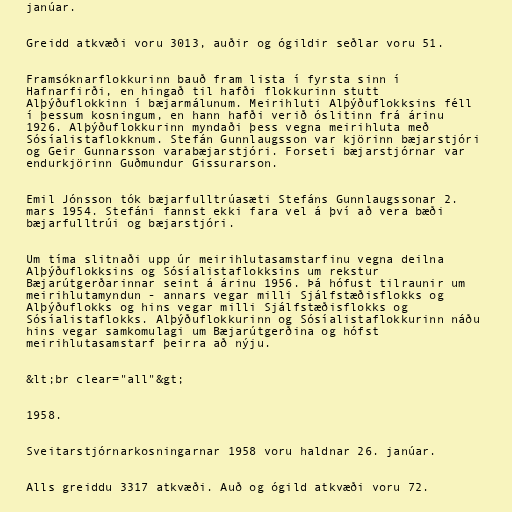
janúar.

Greidd atkvæði voru 3013, auðir og ógildir seðlar voru 51.

Framsóknarflokkurinn bauð fram lista í fyrsta sinn í
Hafnarfirði, en hingað til hafði flokkurinn stutt
Alþýðuflokkinn í bæjarmálunum. Meirihluti Alþýðuflokksins féll
í þessum kosningum, en hann hafði verið óslitinn frá árinu
1926. Alþýðuflokkurinn myndaði þess vegna meirihluta með
Sósíalistaflokknum. Stefán Gunnlaugsson var kjörinn bæjarstjóri
og Geir Gunnarsson varabæjarstjóri. Forseti bæjarstjórnar var
endurkjörinn Guðmundur Gissurarson.

Emil Jónsson tók bæjarfulltrúasæti Stefáns Gunnlaugssonar 2.
mars 1954. Stefáni fannst ekki fara vel á því að vera bæði
bæjarfulltrúi og bæjarstjóri.

Um tíma slitnaði upp úr meirihlutasamstarfinu vegna deilna
Alþýðuflokksins og Sósíalistaflokksins um rekstur
Bæjarútgerðarinnar seint á árinu 1956. Þá hófust tilraunir um
meirihlutamyndun - annars vegar milli Sjálfstæðisflokks og
Alþýðuflokks og hins vegar milli Sjálfstæðisflokks og
Sósíalistaflokks. Alþýðuflokkurinn og Sósíalistaflokkurinn náðu
hins vegar samkomulagi um Bæjarútgerðina og hófst
meirihlutasamstarf þeirra að nýju.

&lt;br clear="all"&gt;

1958.

Sveitarstjórnarkosningarnar 1958 voru haldnar 26. janúar.

Alls greiddu 3317 atkvæði. Auð og ógild atkvæði voru 72.